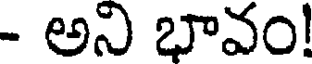
- అని భావం!